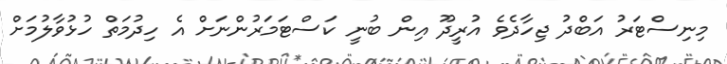
މިނިސްޓަރު އަބްދު ޖިހާދެވެ އުރީދޫ އިން ބުނީ ކަސްޓަމަރުންނަށް އެ ހިދުމަތް ހުޅުވާލުމަށް